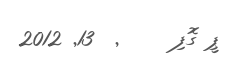
ޕީ ގޮފި